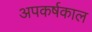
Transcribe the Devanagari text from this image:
अपकर्षकाल